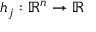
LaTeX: h _ { j } : \, \! \mathbb { R } ^ { n } \rightarrow \mathbb { R }